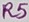
Text: R5